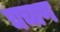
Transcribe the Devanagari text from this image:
चचाण